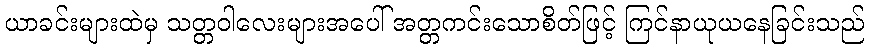
ယာခင်းများထဲမှ သတ္တဝါလေးများအပေါ် အတ္တကင်းသောစိတ်ဖြင့် ကြင်နာယုယနေခြင်းသည်